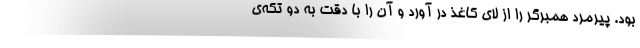
بود. پیرمرد همبرگر را از لای کاغذ در آورد و آن را با دقت به دو تکه‌ی